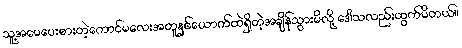
သူ့အမေပေးစားတဲ့ကောင်မလေးအတူနှစ်ယောက်ထဲရှိတဲ့အချိန်သွားမိလို့ ဒေါသလည်းထွက်မိတယ်။